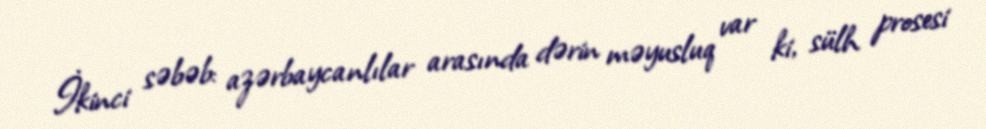
İkinci səbəb: azərbaycanlılar arasında dərin məyusluq var ki, sülh prosesi